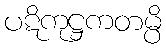
ပဋိကုဋ္ဌကတမ္ပိ